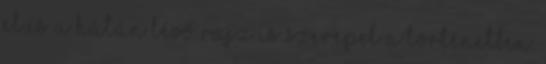
el,és a hátán lévő rajz is szerepel a történetben.